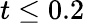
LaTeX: t\le 0.2